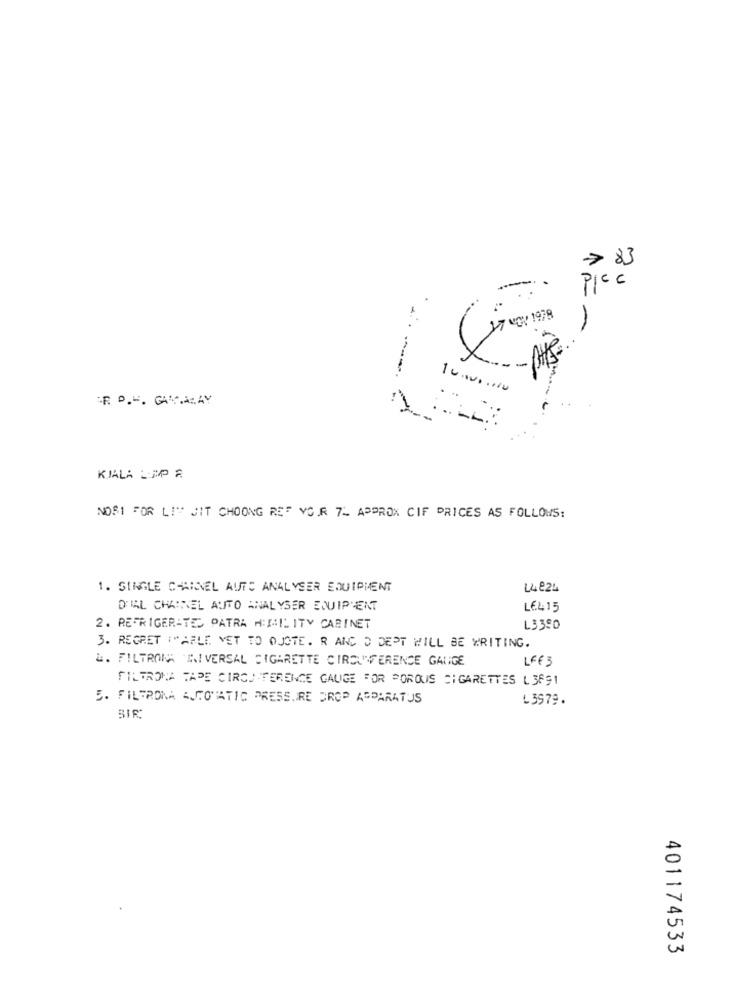
> 83
PICc
10.000.000
OF D.H. GAMMARAY
KIALA LAP A
NOR1 FOR LI" JIT CHOONG RED VOR 7_ APPROX CIF PRICES AS FOLLOWS:
1. SINGLE CHANNEL AUTO ANALYSER EQUIPMENT
14 824
DIAL CHAIREL AUTO ANALYSER EQUIPMENT
LE415
2. REFRIGERATE PATRA HUMILITY CABINET
L3380
3. REGRET I"AFLE VET TO OJOTE. R AND D DEPT WILL BE WRITING.
4. FILTRONA UNIVERSAL CIGARETTE CIRCUMFERENCE GAUGE
LFF 3
FILTRONA TAPE CIRCUMFERENCE GAUGE FOR POROUS CIGARETTES L 3891
5. FILTRONA 4,CONATIC PRESSURE DROP APPARATUS
L3979.
SIR
401174533